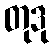
တုဒု